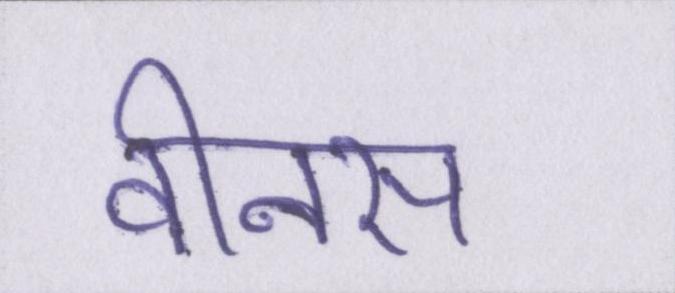
वीनस